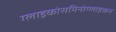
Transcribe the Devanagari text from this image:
ग्लाइकोसमिनोग्लाइकन